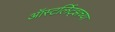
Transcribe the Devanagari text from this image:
ऑस्टर्लिट्झच्या